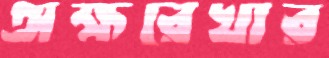
অক্ষরেখার